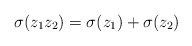
\begin{align*}\sigma(z_1 z_2) = \sigma(z_1)+ \sigma(z_2)\end{align*}